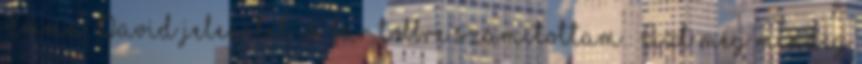
Emma David jelenetet is, bár többre számítottam.: Azt még mindig